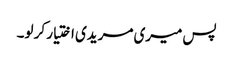
پس میری مریدی اختیار کر لو۔